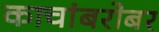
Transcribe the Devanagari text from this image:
काचांबरोबर